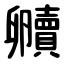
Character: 贕